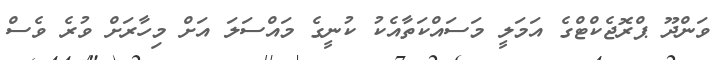
ވަންދޫ ޕްރޮޖެކްޓްގެ އަމަލީ މަސައްކަތާއެކު ކުނީގެ މައްސަލަ އަށް މިހާރަށް ވުރެ ވެސް